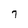
Character: 7